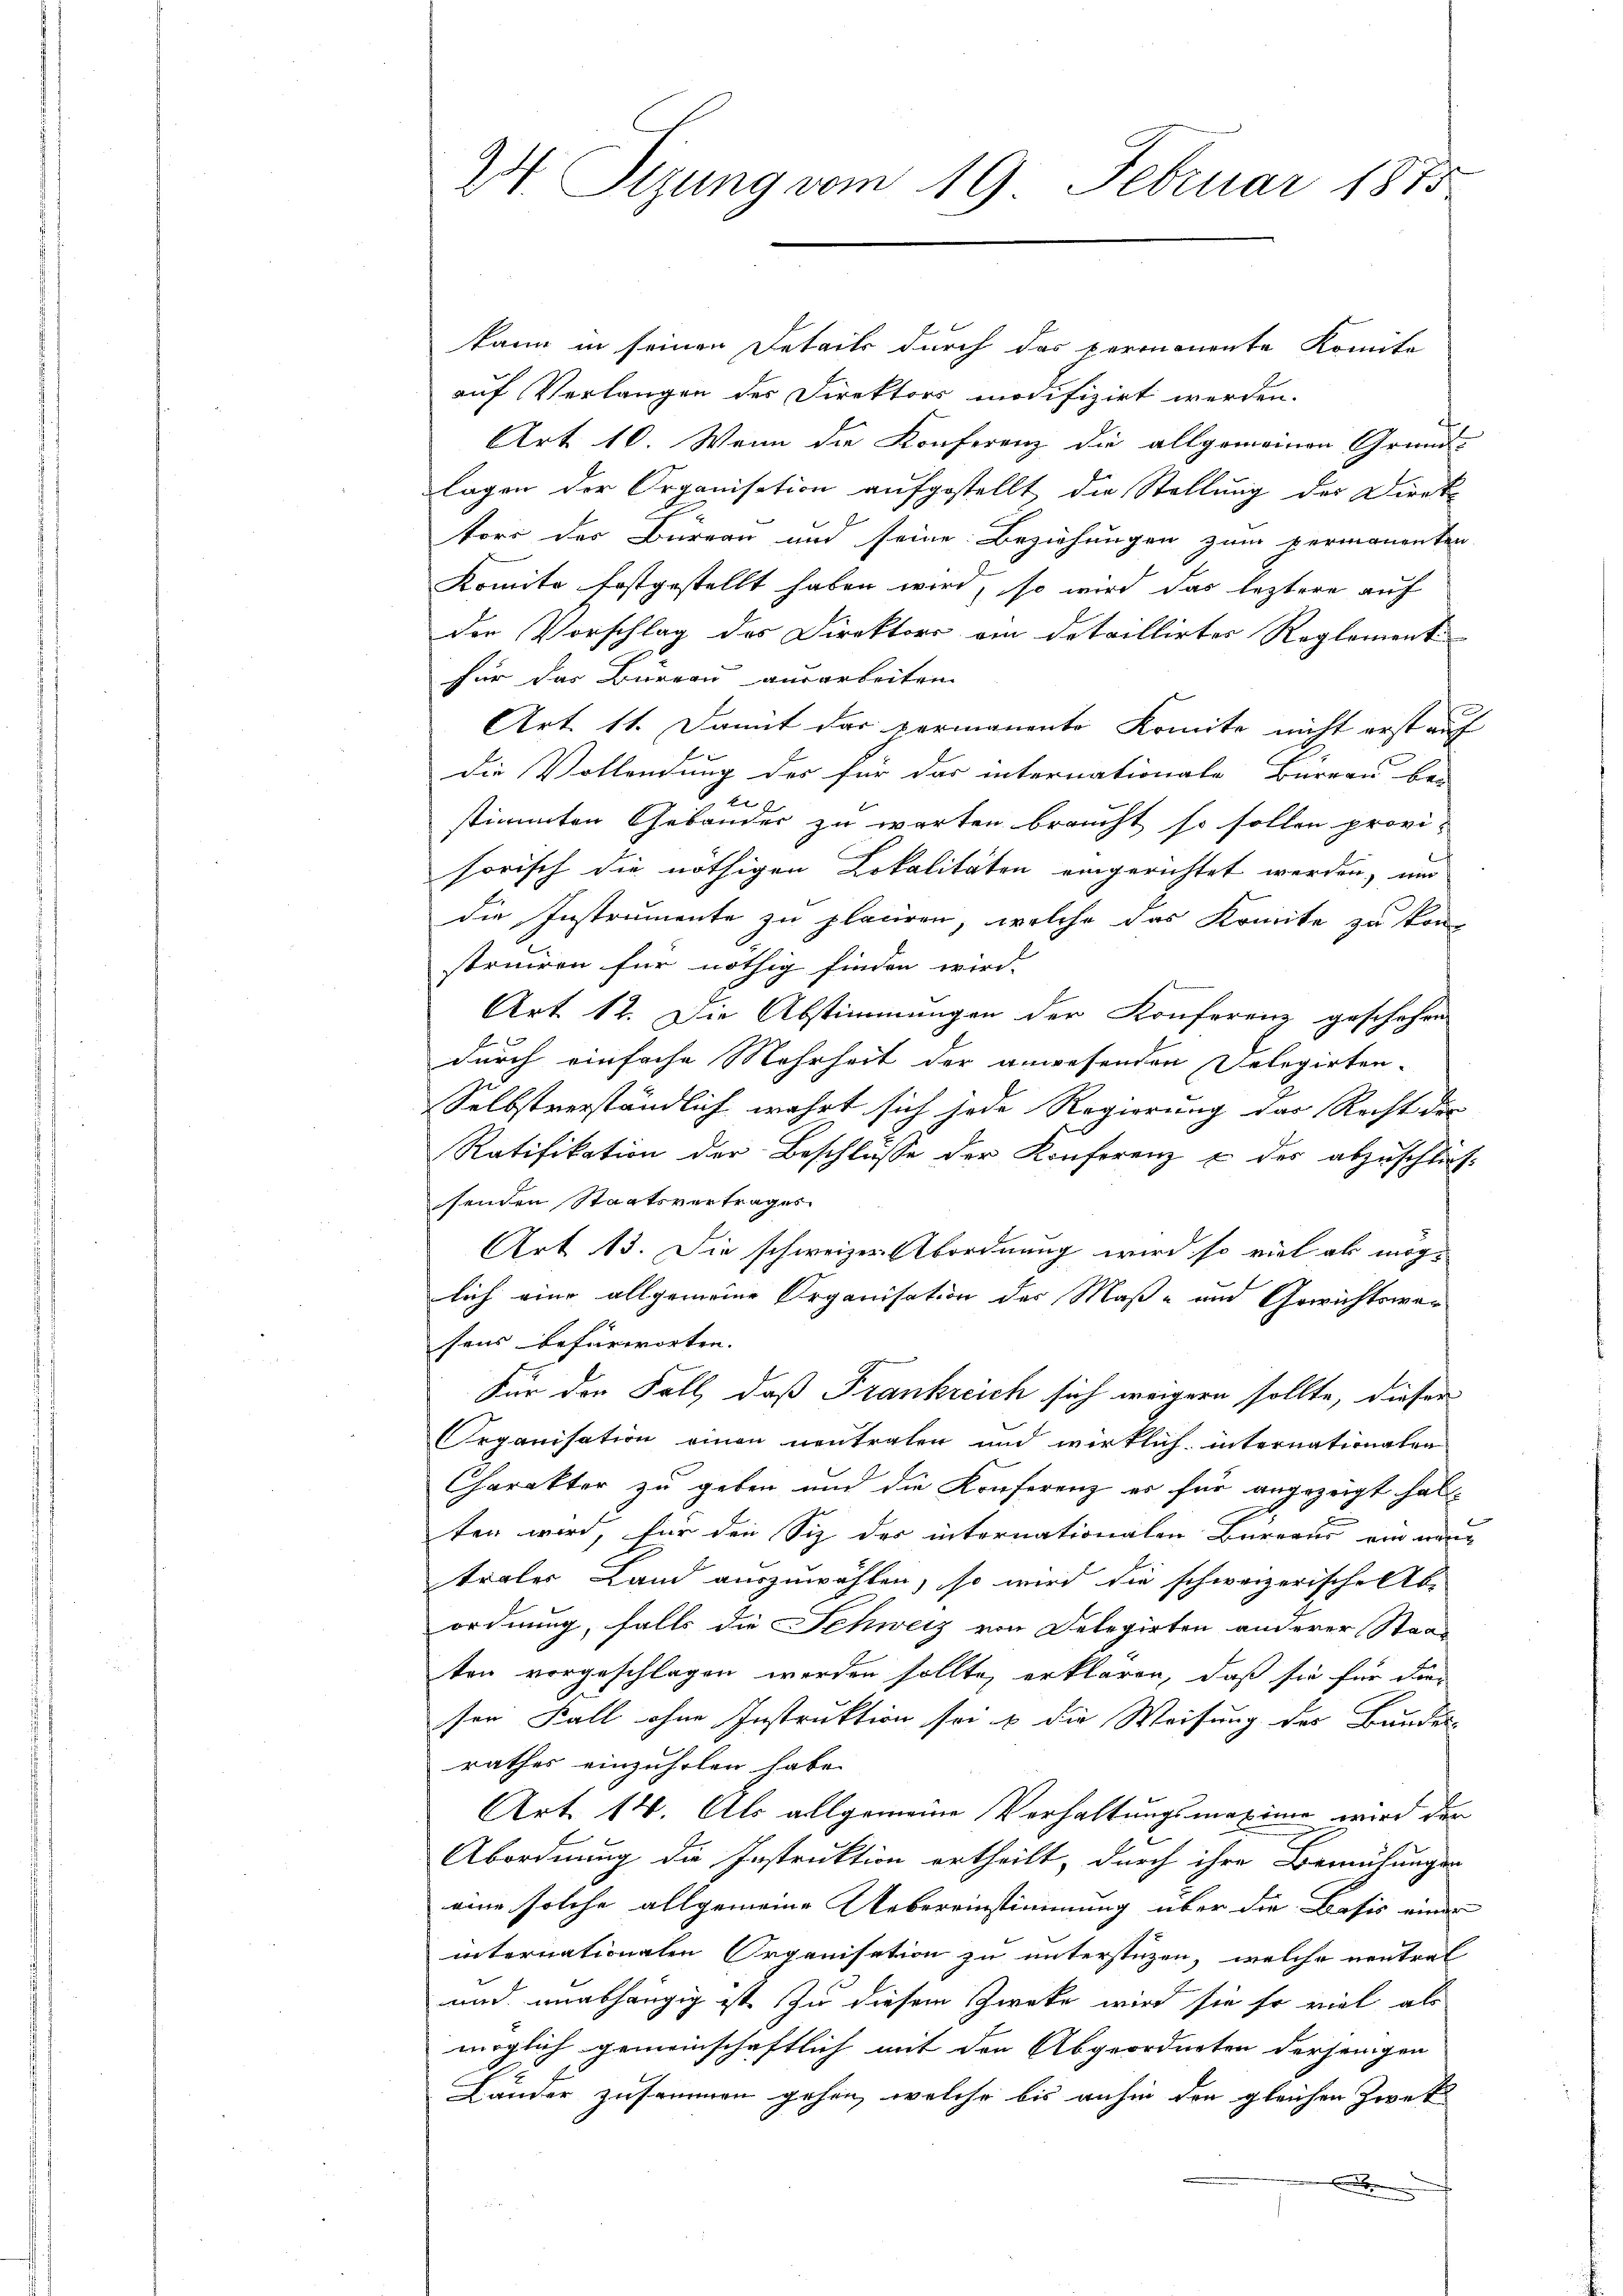
2. Sizung vom 19. Februar 1875

kann in seinen Details durch das permanente Komite
auf Verlangen des Direktors modifizirt werden.
Art 10. Wenn die Konferenz die allgemeinen Grund-
lagen der Organisation aufgestellt die Stellung der Direk-
tors der Büreau und seine Beziehungen zum permanenten
Komite festgestellt haben wird, so wird das leztere auf
der Vorschlag des Direktors ein detaillirtes Reglement
für das Büreau ausarbeiten |
Art. 11. Damit das vermanente Komite nicht erst auf
die Vollendung des für das internationale Büreau be-
stimmten Gebäuder zu warten braucht so sollen provi-
sorisch die nöthigen Lokalitäten eingerichtet werden, und
die Instrumente zu plauren, welche das Komite zu kon-
struiren für nöthig finden wird. |
Art. 12. Die Abstimmungen der Konferenz geschehen
durch einfache Mehrheit der anwesenden Delegirten-
Selbstverständlich wahrt sich jede Regierung das Recht die
Ratifikation der Beschlüsse der Konferenz & des abzuschlies
senden Staatsvertrages
Art 13. Die schweizer Abordnung wird so viel als möglich eine allgemeine Organisation der Maße und Gewichtswer
sens befürworten. |
Für den Fall, daß Frankreich sich weigern sollte, dieser
Organisation einen neutralen und wirklich internationalen
Charakter zu geben und die Konferenz er für angezeigt hat.
ten wird, für den Siz des internationalen Bureaus ein man
traler Land auszuwählen, so wird die schweizerische Ab-
ordnung, falls die Schweiz von Delegirten anderer Staat
ten vorgeschlagen werden sollte, erklären, daß sie für die
sen Fall ohne Instruktion sei & die Weisung des Bundes-
rathes einzuholen habe.
Art. 14. Als allgemeine Verhaltungsmaxime wird der
Abordnung die Instruktion ertheilt, durch ihre Bemühungen
eine solche allgemeine Uebereinstimmung über die Basis einen
internationalen Organisation zu unterstüzen, welche neutral
und unabhängig ist zu diesem Zwecke wird sie so viel als
möglich gemeinschaftlich mit den Abgeordneten derjenigen
Länder zusammen gehen, welche bis anhin den gleichen Zwek¬